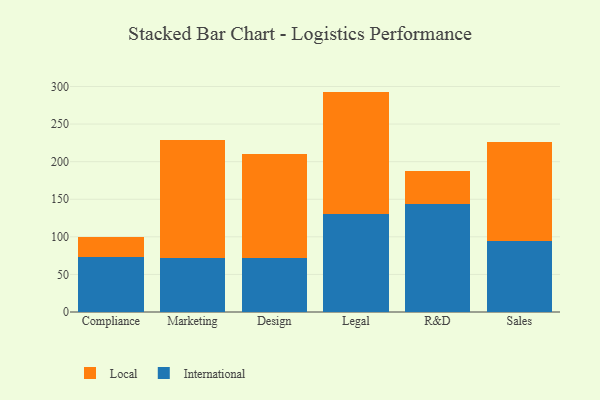
{"axis": {"x": "Department", "y": "Churn Rate (%)"}, "legend": ["International", "Local"], "data": [{"x": "Compliance", "y": 73.2, "type": "International"}, {"x": "Compliance", "y": 26.1, "type": "Local"}, {"x": "Marketing", "y": 71.2, "type": "International"}, {"x": "Marketing", "y": 157.4, "type": "Local"}, {"x": "Design", "y": 72.5, "type": "International"}, {"x": "Design", "y": 138.3, "type": "Local"}, {"x": "Legal", "y": 130.2, "type": "International"}, {"x": "Legal", "y": 163.0, "type": "Local"}, {"x": "R&D", "y": 143.4, "type": "International"}, {"x": "R&D", "y": 43.9, "type": "Local"}, {"x": "Sales", "y": 94.8, "type": "International"}, {"x": "Sales", "y": 131.3, "type": "Local"}]}